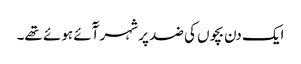
ایک دن بچوں کی ضد پر شہر آٓئے ہوئے تھے۔